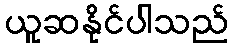
ယူဆနိုင်ပါသည်